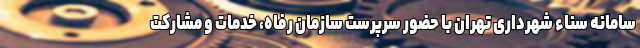
سامانه سناء شهرداری تهران با حضور سرپرست سازمان رفاه، خدمات و مشارکت